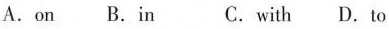
A.on B.in C. with D.to